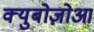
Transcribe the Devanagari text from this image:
क्युबोज़ोआ